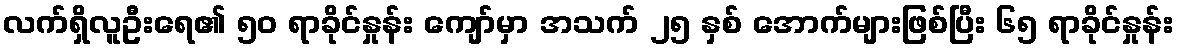
လက်ရှိလူဦးရေ၏ ၅၀ ရာခိုင်နှုန်း ကျော်မှာ အသက် ၂၅ နှစ် အောက်များဖြစ်ပြီး ၆၅ ရာခိုင်နှုန်း